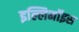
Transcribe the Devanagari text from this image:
इल्लिनॉइस